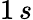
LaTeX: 1\, s